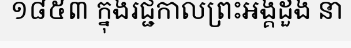
១៨៥៣ ក្នុងរជ្ជកាលព្រះអង្គដួង នា